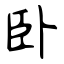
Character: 卧